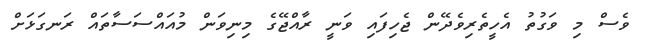
ވެސް މި ވަގުތު އެހީތެރިވެދޭން ޖެހިފައި ވަނީ ރާއްޖޭގެ މިނިވަން މުއައްސަސާތައް ރަނގަޅަށް